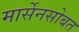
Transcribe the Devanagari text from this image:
मार्सेनसोबत